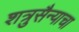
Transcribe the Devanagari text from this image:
शत्रुसैन्याचा